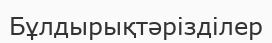
Бұлдырықтәрізділер